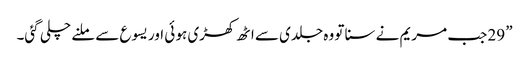
” 29 جب مریم نے سنا تو وہ جلدی سے اٹھ کھڑی ہو ئی اور یسوع سے ملنے چلی گئی۔